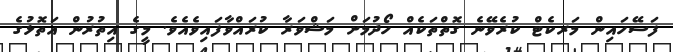
ފަސޭހައިން މަރކެޓް ކުރެވޭނެ ގޮތްތަކެއް ހޯދުމަށް މަޝްވަރާ ކުރައްވާފައިވެއެވެ. މީގެ އިތުރުން އަތޮޅުގެ